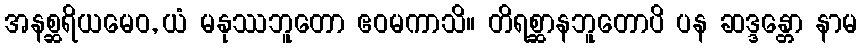
အနစ္ဆရိယမေဝ, ယံ မနုဿဘူတော ဧဝမကာသိ။ တိရစ္ဆာနဘူတောပိ ပန ဆဒ္ဒန္တော နာမ